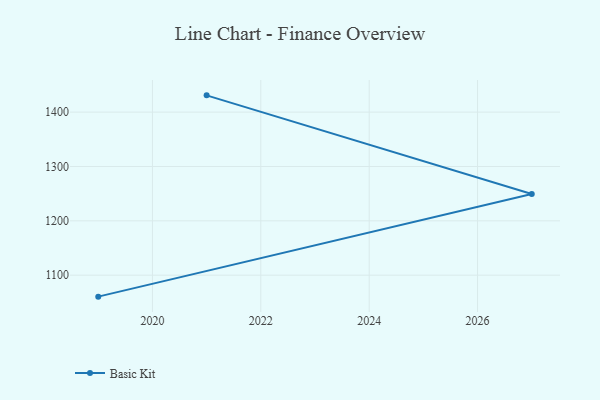
{"axis": {"x": "Year", "y": "Waste Production (Tons)"}, "legend": ["Basic Kit"], "data": [{"x": "2021", "y": 1430.9, "type": "Basic Kit"}, {"x": "2027", "y": 1249.5, "type": "Basic Kit"}, {"x": "2019", "y": 1060.5, "type": "Basic Kit"}]}